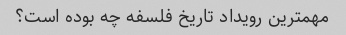
مهمترین رویداد تاریخ فلسفه چه بوده است؟